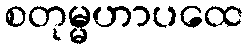
စတုမ္မဟာပထေ